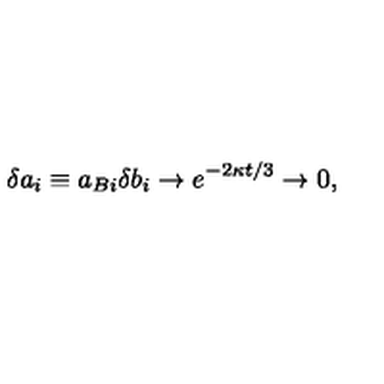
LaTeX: \delta a _ { i } \equiv a _ { B i } \delta b _ { i } \to e ^ { - 2 \kappa t / 3 } \to 0 ,